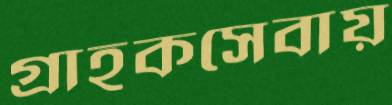
গ্রাহকসেবায়